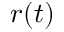
r ( t )